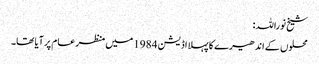
شیخ نوراللہ:
محلوں کے اندھیرے کا پہلا اڈیشن 1984 میں منظر عام پر آیا تھا۔